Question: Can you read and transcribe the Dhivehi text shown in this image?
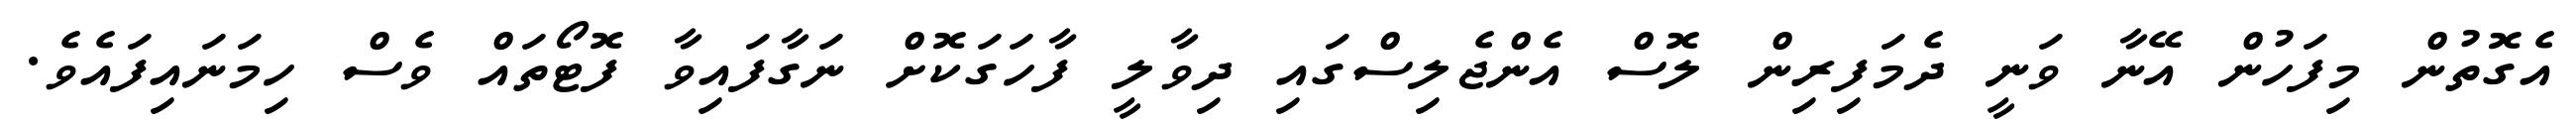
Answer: އެގޮތުން މިފަހުން އޭނާ ވަނީ ދެމަފިރިން ލޮސް އެންޖެލިސްގައި ދިވާލީ ފާހަގަކޮށް ނަގާފައިވާ ފޮޓޯތައް ވެސް ހިމަނައިފައެވެ.